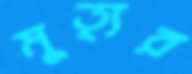
মুত্যৃর